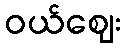
ဝယ်ဈေး